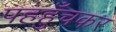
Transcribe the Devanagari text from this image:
पहहुँचकर